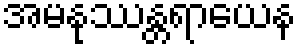
အမနုဿန္တရာယေန